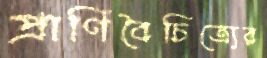
প্রাণিবৈচিত্র্যের